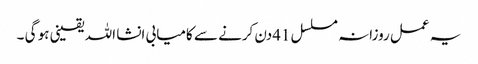
یہ عمل روزانہ مسلسل 41دن کرنے سے کامیابی انشا اللہ یقینی ہو گی ۔